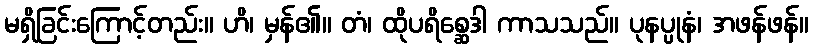
မရှိခြင်းကြောင့်တည်း။ ဟိ၊ မှန်၏။ တံ၊ ထိုပရိစ္ဆေဒါ ကာသသည်။ ပုနပ္ပုနံ၊ အဖန်ဖန်။